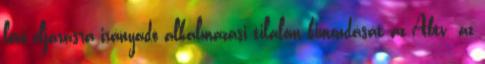
lévő eljárásra irányadó alkalmazási tilalom kimondását az Abtv. az